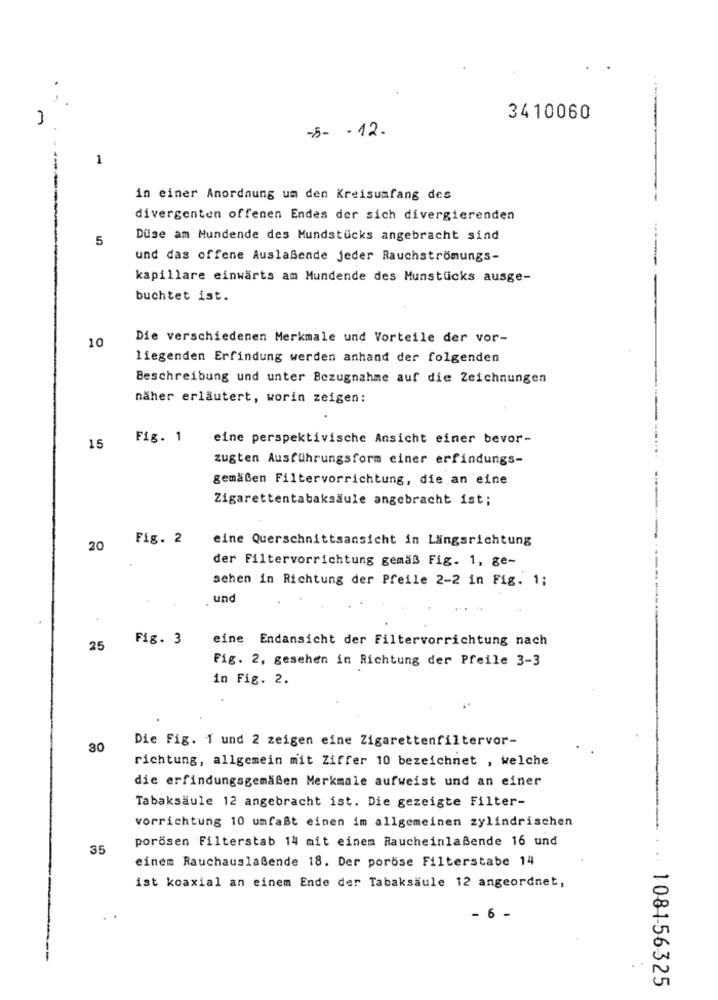
..
3410060
-5- - 12.
1
in einer Anordnung um den Kreisumfang des
divergenten offenen Endes der sich divergierenden
5
Duse am Mundende des Mundstücks angebracht sind
und das offene Auslaßende jeder Rauchströmungs-
kapillare einwärts am Mundende des Munstücks ausge-
buchtet ist.
10
Die verschiedenen Merkmale und Vorteile der vor-
liegenden Erfindung werden anhand der folgenden
Beschreibung und unter Bezugnahme auf die Zeichnungen
näher erläutert, worin zeigen:
Fig. 1
eine perspektivische Ansicht einer bevor-
15
zugten Ausführungsform einer erfindungs-
gemäßen Filtervorrichtung, die an eine
Zigarettentabaksäule angebracht ist;
Fig. 2
eine Querschnittsansicht in Längsrichtung
20
der Filtervorrichtung gemäß Fig. 1, ge-
schen in Richtung der Pfeile 2-2 in Fig. 1;
und
Fig. 3
eine Endansicht der Filtervorrichtung nach
25
Fig. 2, gesehen in Richtung der Pfeile 3-3
in Fig. 2.
Die Fig. 1 und 2 zeigen eine Zigarettenfiltervor-
30
richtung, allgemein mit Ziffer 10 bezeichnet , welche
die erfindungsgemäßen Merkmale aufweist und an einer
Tabaksäule 12 angebracht ist. Die gezeigte Filter-
vorrichtung 10 umfaßt einen im allgemeinen zylindrischen
porösen Filterstab 14 mit einem Raucheinlaßende 16 und
35
einem Rauchauslaßende 18. Der poröse Filterstabe 14
ist koaxial an einem Ende der Tabaksäule 12 angeordnet,
- 6 -
.. 1081-56325